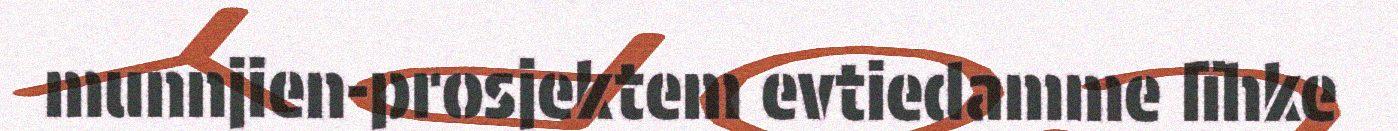
munnjien-prosjektem evtiedamme lïhke